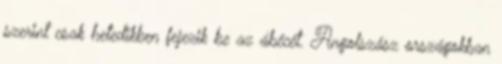
szerint csak hetedikben fejezik be az ábécét. Angolszász országokban